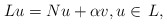
\begin{align*}Lu = Nu + \alpha v, u\in \,L,\end{align*}